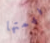
فهمتها